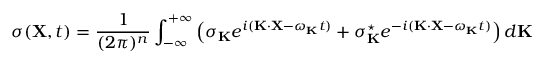
\sigma ( { \bf X } , t ) = \frac { 1 } { ( 2 \pi ) ^ { n } } \int _ { - \infty } ^ { + \infty } \left( \sigma _ { \bf K } e ^ { i ( { \bf K } \cdot { \bf X } - \omega _ { \bf K } t ) } + \sigma _ { \bf K } ^ { \star } e ^ { - i ( { \bf K } \cdot { \bf X } - \omega _ { \bf K } t ) } \right) d { \bf K }